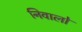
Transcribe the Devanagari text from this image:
निवालो